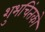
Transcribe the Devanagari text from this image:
शुभचिंतको